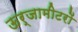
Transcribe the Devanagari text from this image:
ऊर्जामीटरों